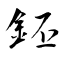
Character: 鉟